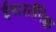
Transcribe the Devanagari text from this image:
ईमारतींपेक्षा